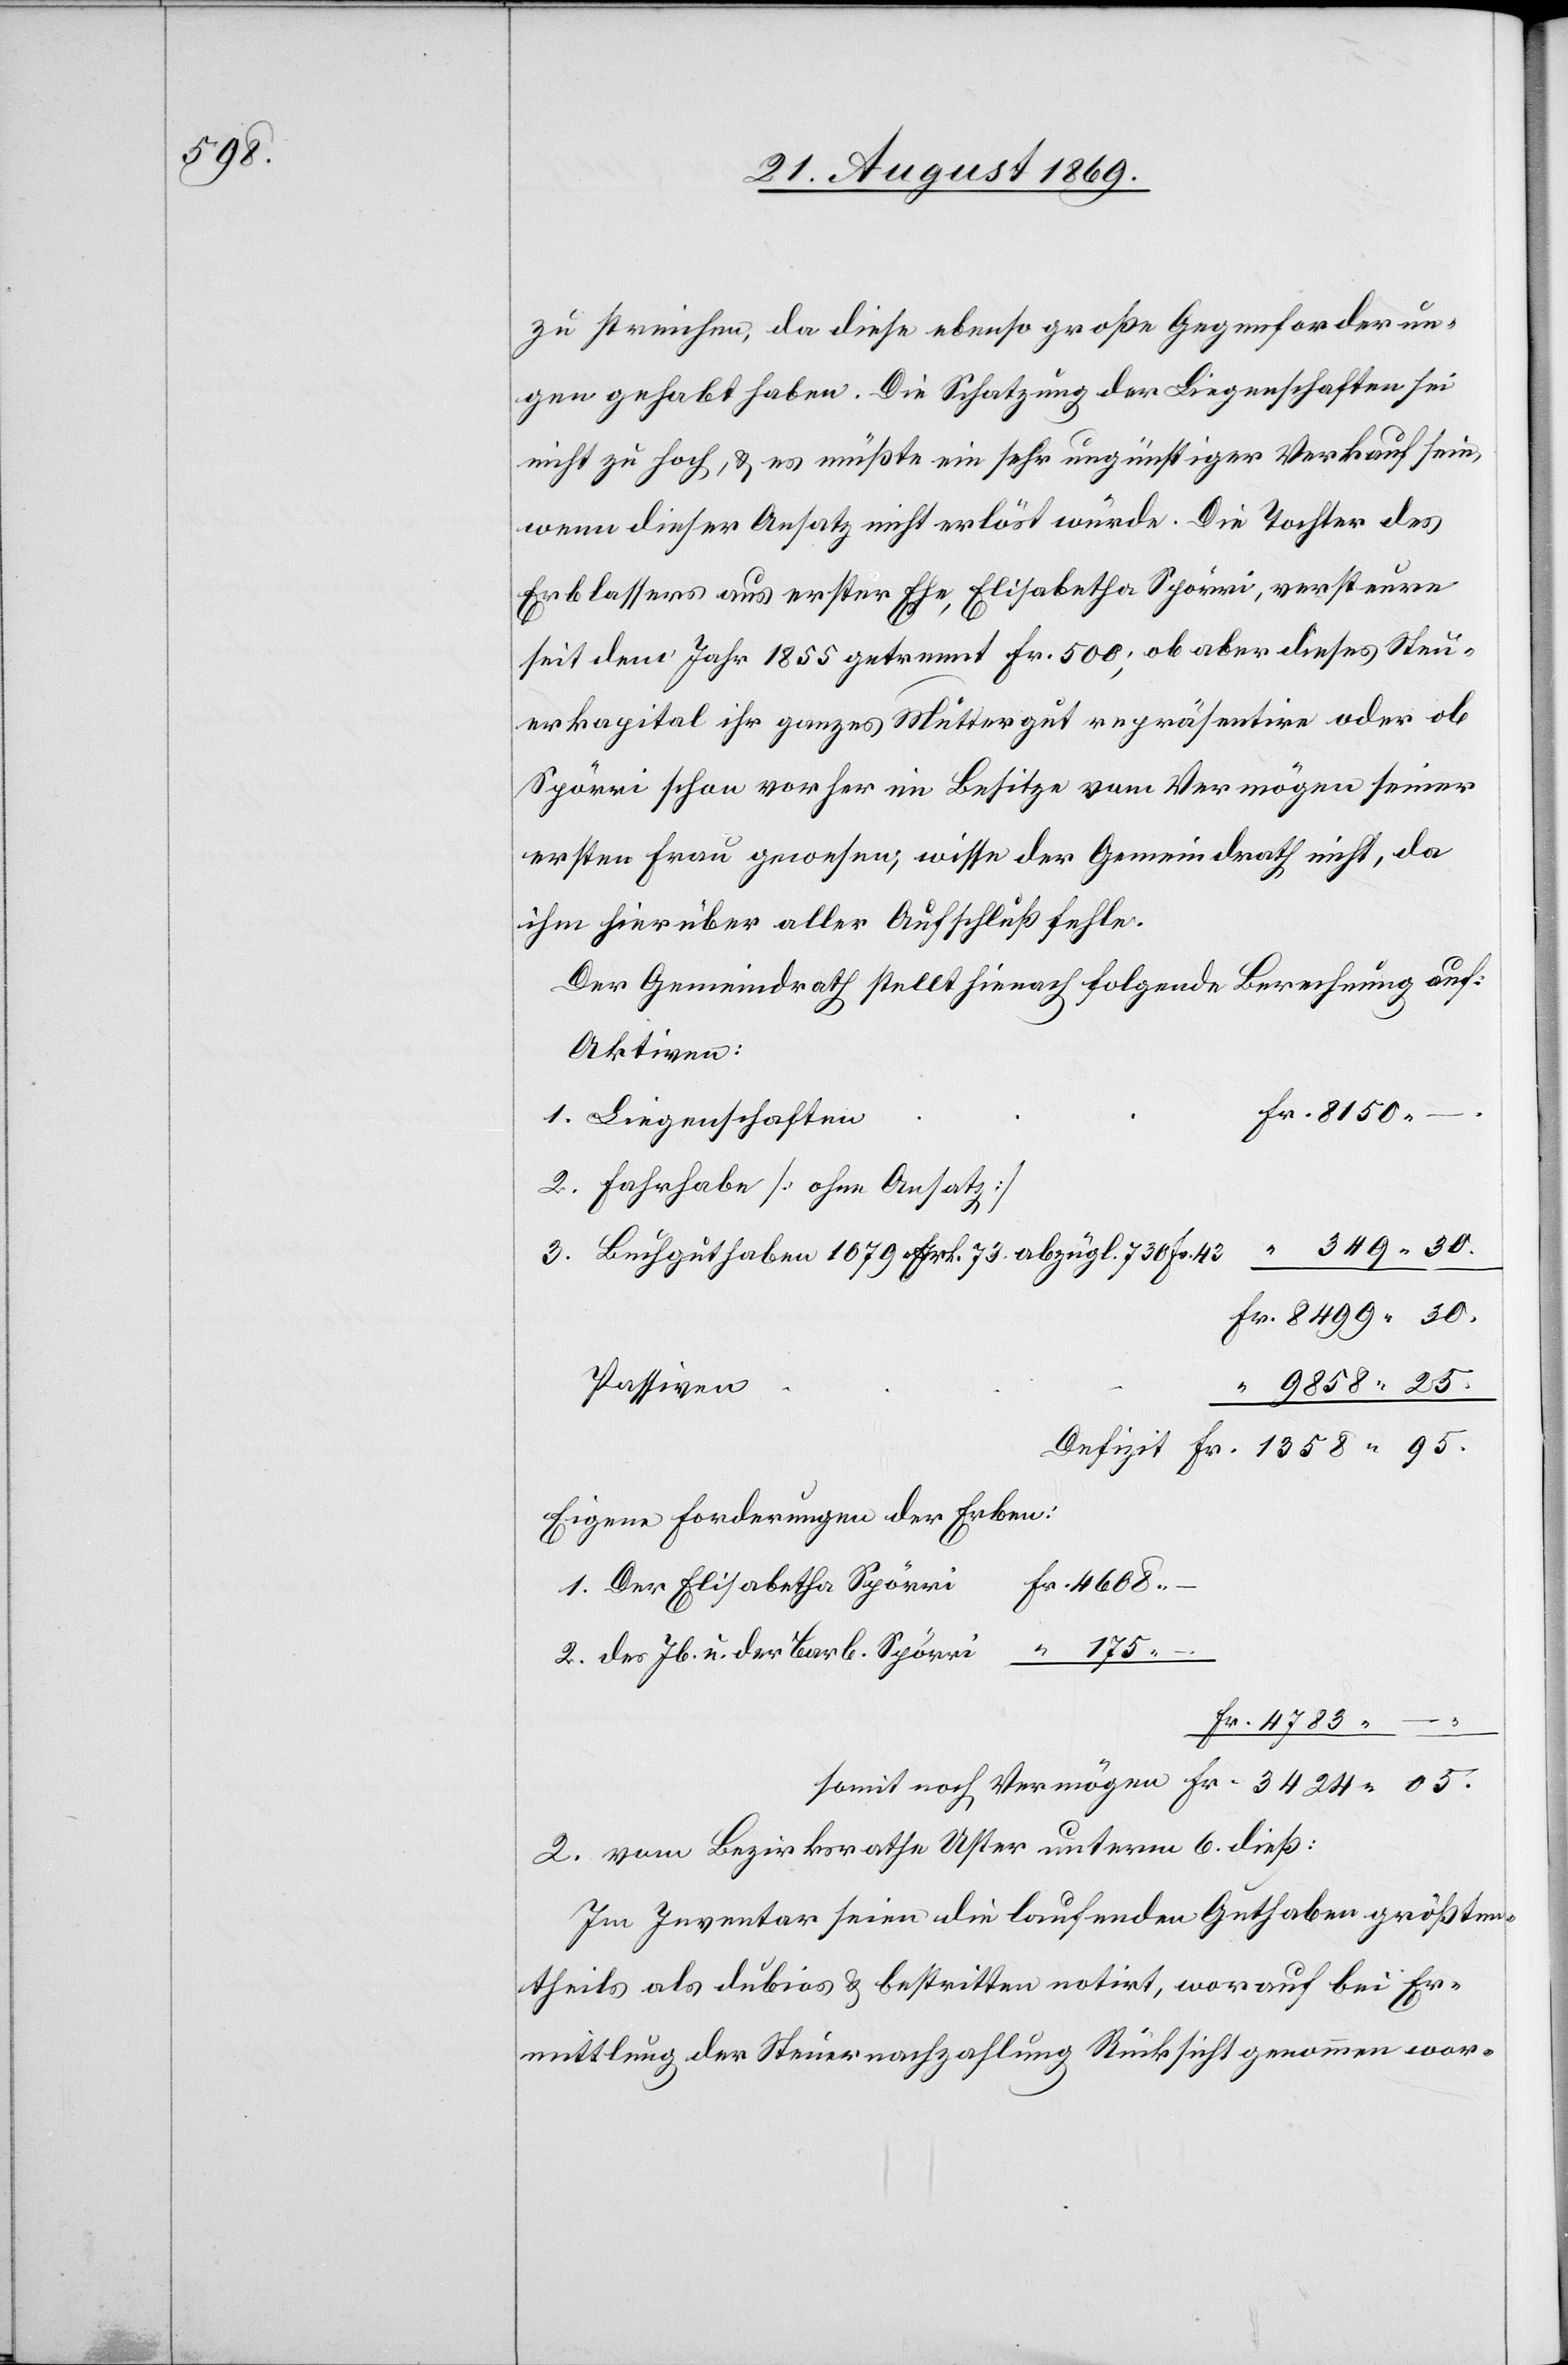
3424

zu streichen, da diese ebenso große Gegenforderun¬
gen gehabt haben. Die Schatzung der Liegenschaften sei
nicht zu hoch, & es müßte ein sehr ungünstiger Verkauf sein,
wenn dieser Ansatz nicht erlöst würde. Die Tochter des
Erblassers aus erster Ehe, Elisabetha Spörri, versteuere
seit dem Jahr 1855 getrennt Fr. 500; ob aber dieses Steu¬
erkapital ihr ganzes Muttergut repräsentire oder ob
Spörri schon vorher im Besitze vom Vermögen seiner
ersten Frau gewesen, wisse der Gemeindrath nicht, da
ihm hierüber aller Aufschluß fehle.
Der Gemeindrath stellt hienach folgende Berechnung auf:
Aktiven:
05.
1. Liegenschaften
2. Fahrhabe [ohne Ansatz]
3. Buchguthaben 1079 Frk. 73 abzügl. 730 Fr. 43
Passiven
9858 25.
Eigene Forderungen der Erben:
Fr. 4608 –
1. Der Elisabetha Spörri
2. des Jb. u. der Barb. Spörri “ 175 –
2. vom Bezirksrathe Uster unterm 6. dieß:
Im Inventar seien die laufenden Guthaben größten¬
theils als dubios & bestritten notirt, worauf bei Er¬
mittlung der Steuernachzahlung Rücksicht genommen wor-